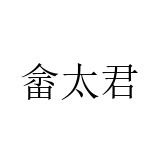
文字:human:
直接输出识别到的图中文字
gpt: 畲太君